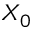
X _ { 0 }